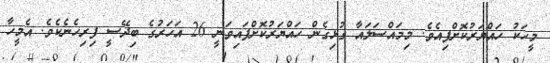
މީހަކު ހައްޔަރުކޮށްފިއެވެ. މިމައްސަލައާ ގުޅިގެން ހައްޔަރުކޮށްފައިވަނީ 26 އަހަރުގެ ބިދޭސީ ފިރިހެނެކެވެ. އެމީހާ